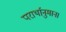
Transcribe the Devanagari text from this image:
परार्थानुमान।